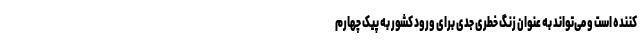
کننده است و می‌تواند به عنوان زنگ خطری جدی برای ورود کشور به پیک چهارم